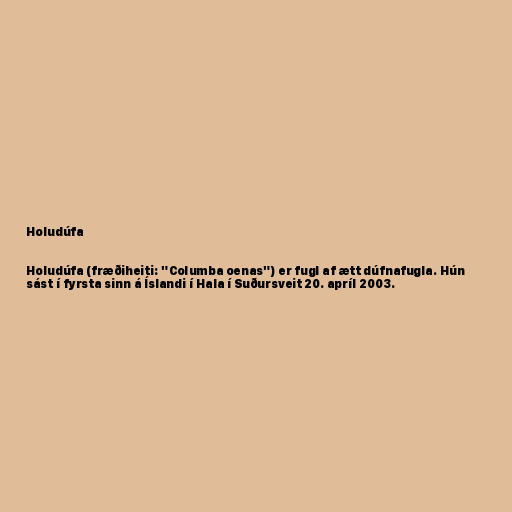
Holudúfa

Holudúfa (fræðiheiti: "Columba oenas") er fugl af ætt dúfnafugla. Hún
sást í fyrsta sinn á Íslandi í Hala í Suðursveit 20. apríl 2003.